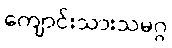
ကျောင်းသားသမဂ္ဂ